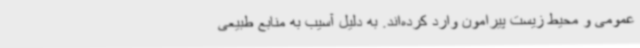
عمومی و محیط زیست پیرامون وارد کرده‌اند. به دلیل آسیب به منابع طبیعی